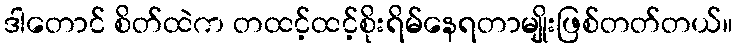
ဒါတောင် စိတ်ထဲက တထင့်ထင့်စိုးရိမ်နေရတာမျိုးဖြစ်တတ်တယ်။